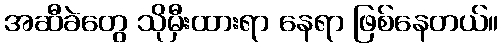
အဆီခဲတွေ သိုမှီးထားရာ နေရာ ဖြစ်နေတယ်။